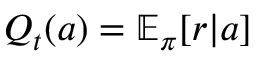
Q _ { t } ( a ) = \mathbb { E } _ { \pi } [ r \vert a ]